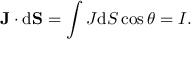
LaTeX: \mathbf { J } \cdot \mathrm { d } \mathbf { S } = \int J \mathrm { d } S \cos \theta = I .